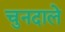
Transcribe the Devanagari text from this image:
चुनदाले